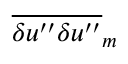
\overline { { { \delta u ^ { \prime \prime } \delta u ^ { \prime \prime } } } } _ { m }